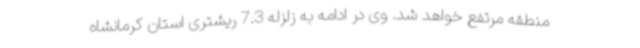
منطقه مرتفع خواهد شد. وی در ادامه به زلزله 7.3 ریشتری استان کرمانشاه